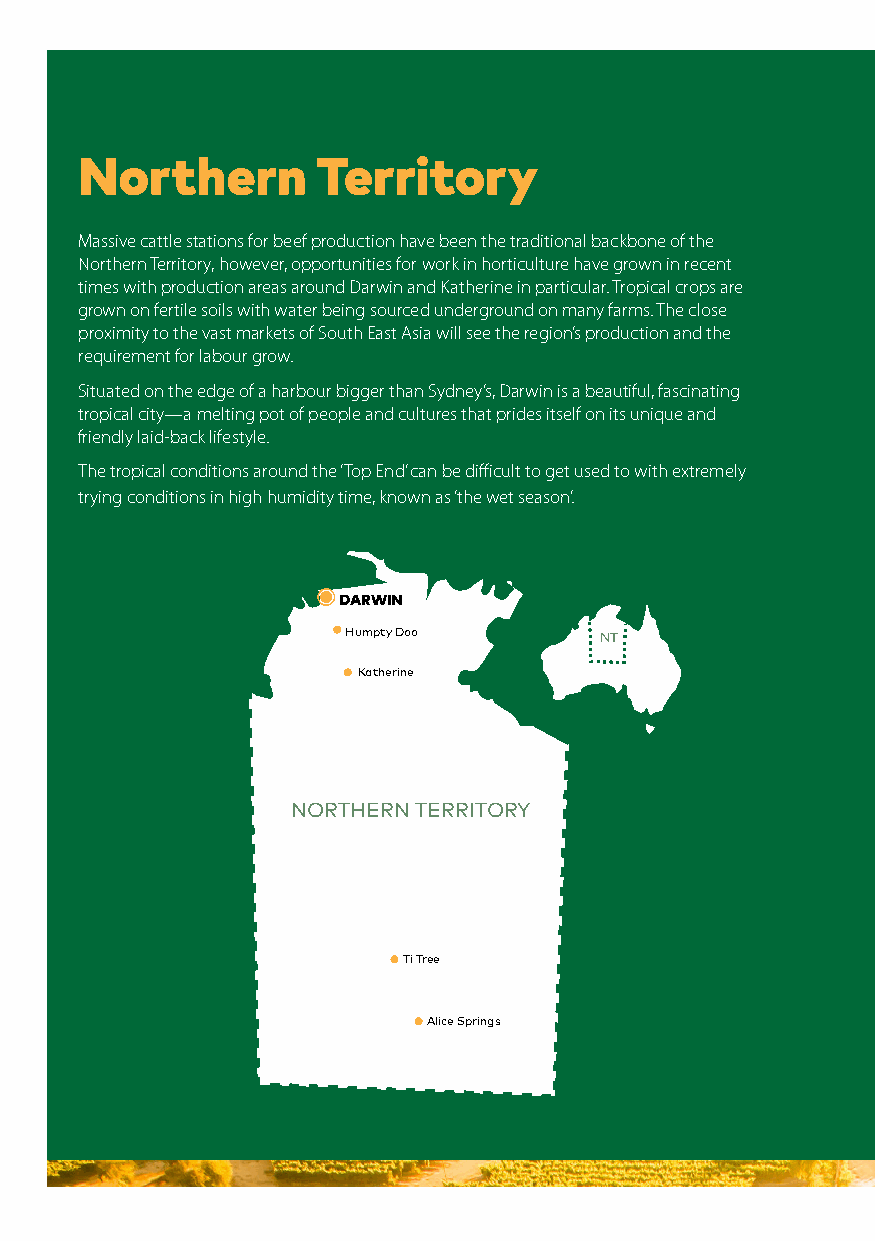
Northern        Territory
 Massive cattle stations for beef production have been the traditional backbone of the
 Northern Territory, however, opportunities for work in horticulture have grown in recent
 times with production areas around Darwin and Katherine in particular. Tropical crops are
 grown on fertile soils with water being sourced underground on many farms. The close
 proximity to the vast markets of South East Asia will see the region’s production and the
 requirement for labour grow.
 Situated on the edge of a harbour bigger than Sydney’s, Darwin is a beautiful, fascinating
 tropical city—a melting pot of people and cultures that prides itself on its unique and
 friendly laid-back lifestyle.
 The tropical conditions around the ‘Top End’ can be difficult to get used to with extremely
 trying conditions in high humidity time, known as ‘the wet season’.
 DARWIN
 Humpty Doo       NT
 Katherine
 NORTHERN TERRITORY
 Ti Tree
 Alice Springs
 44 | National Harvest Guide